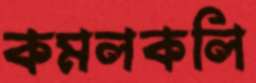
কমলকলি